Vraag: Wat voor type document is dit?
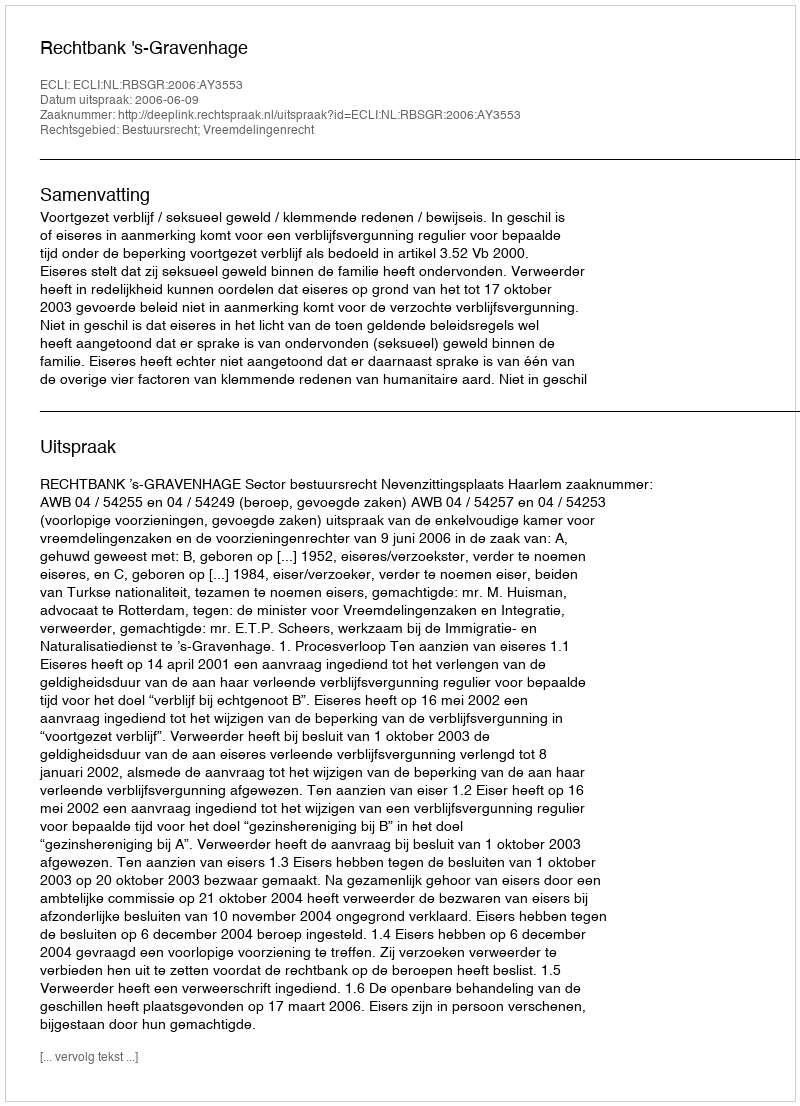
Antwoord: Uitspraak